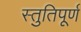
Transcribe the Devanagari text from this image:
स्तुतिपूर्ण